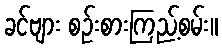
ခင်ဗျား စဉ်းစားကြည့်စမ်း။